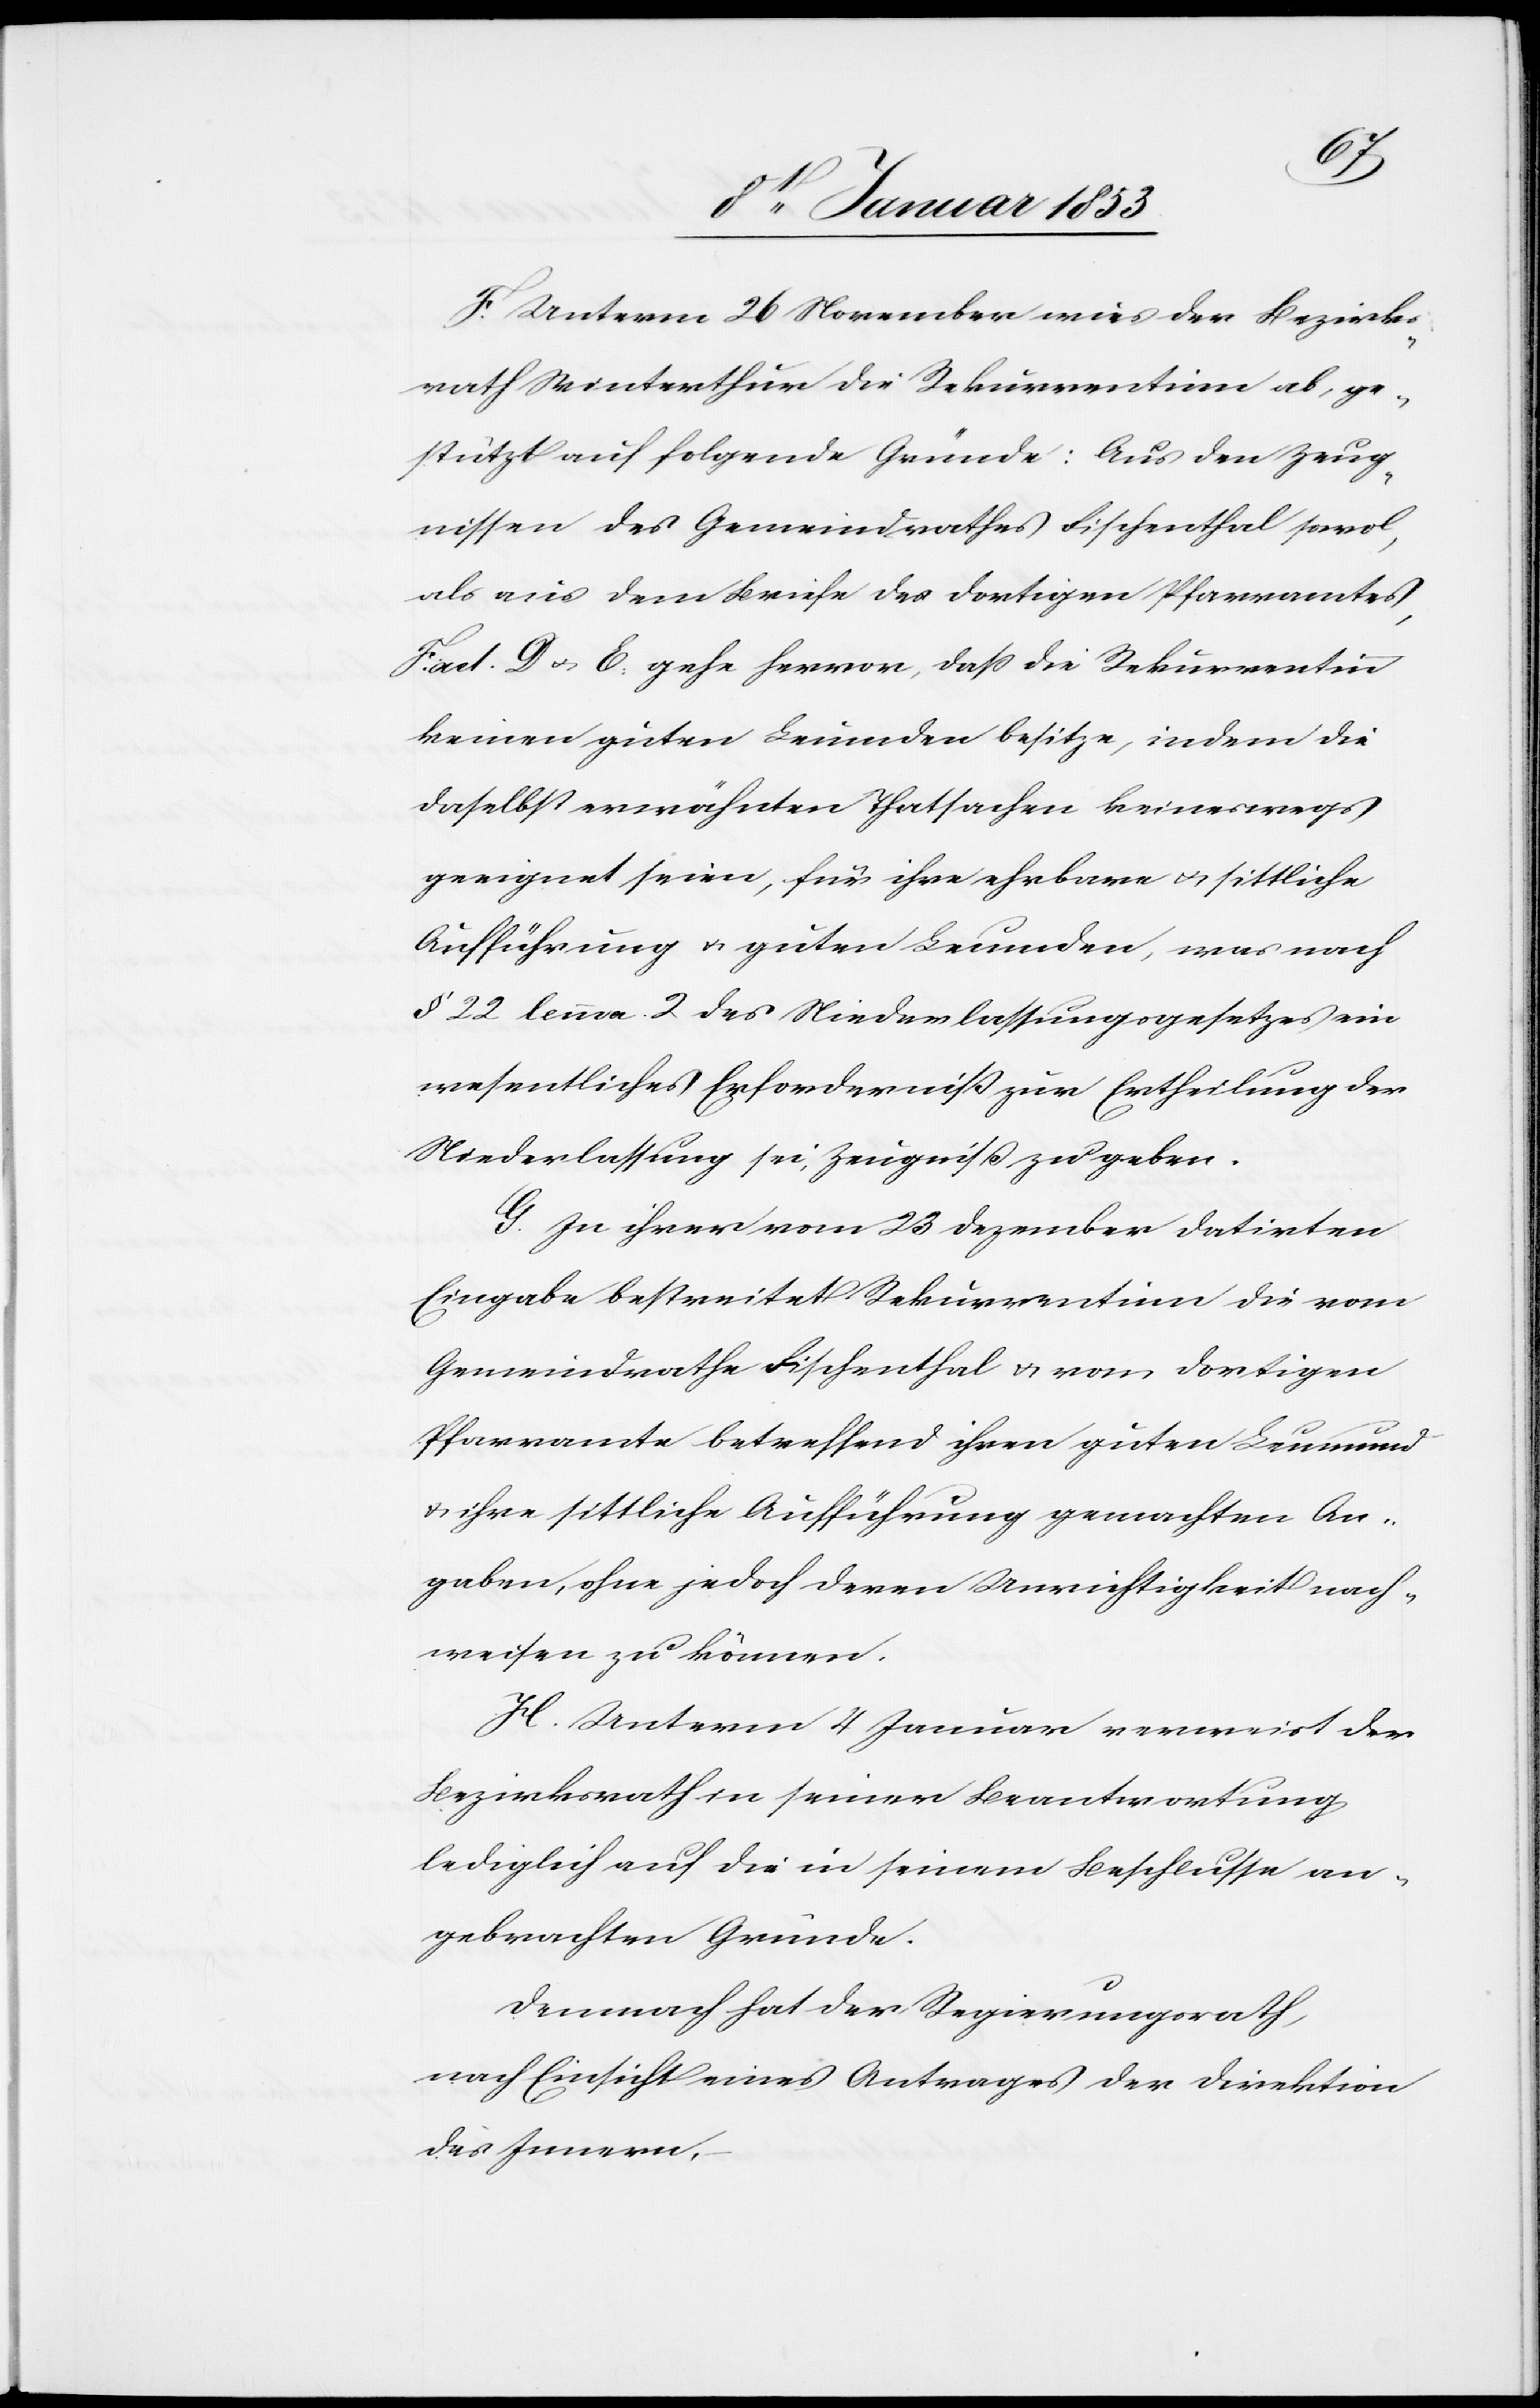
F. Unterm 26 November wies der Bezirks¬
rath Winterthur die Rekurrentinn ab, ge¬
stützt auf folgende Gründe: Aus den Zeug¬
nissen des Gemeindrathes Fischenthal sowol
als aus dem Briefe des dortigen Pfarramtes,
Fact. D. u. E: gehe hervor, daß die Rekurrentinn
keinen guten Leumden besitze, indem die
daselbst erwähnten Thatsachen keineswegs
geeignet seien, für ihre ehrbare u. sittliche
Aufführung u. guten Leumden, was nach
§ 22 lemma 2. des Niederlassungsgesetzes ein
wesentliches Erforderniß zur Ertheilung der
Niederlassung sei, Zeugniss zu geben.
G. In ihrer vom 23 Dezember datirten
Eingabe bestreitet Rekurrentinn die vom
Gemeindrathe Fischenthal u. vom dortigen
Pfarramte betreffend ihren guten Leumund
u. ihre sittliche Aufführung gemachten An¬
gaben, ohne jedoch deren Unrichtigkeit nach¬
weisen zu können.
H. Unterm 4 Januar verweist der
Bezirksrath in seiner Beantwortung
lediglich auf die in seinem Beschlusse an¬
gebrachten Gründe.
Demnach hat der Regierungsrath,
nach Einsicht eines Antrages der Direktion
des Innern